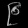
Digit: ၉